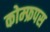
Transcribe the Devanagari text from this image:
कोम्‍फ्रपस